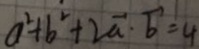
a ^ { 2 } + b ^ { 2 } + 2 \overrightarrow { a } \cdot \overrightarrow { b } = 4